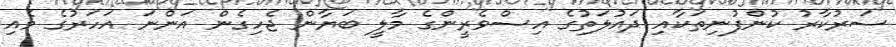
ސަރުކާރު ކުންފުނިތަކާއި ދައުލަތުގެ އިސްވެރީންގެ މާލީ ބަޔާން ޖެހިގެން އަންނަ އަހަރުގެ މެއި